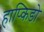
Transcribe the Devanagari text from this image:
हाप्किडो